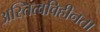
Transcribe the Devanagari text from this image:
अस्तित्वविहीनता